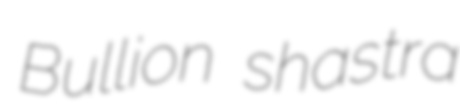
Bullion shastra